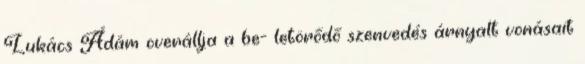
Lukács Ádám overállja a be- letörődő szenvedés árnyalt vonásait